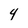
Character: 4